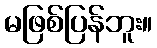
မဖြစ်ပြန်ဘူး။